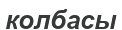
колбасы